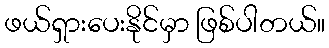
ဖယ်ရှားပေးနိုင်မှာ ဖြစ်ပါတယ်။